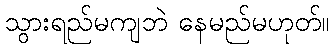
သွားရည်မကျဘဲ နေမည်မဟုတ်။